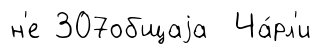
н'е 307общаjа Ча́рл'и